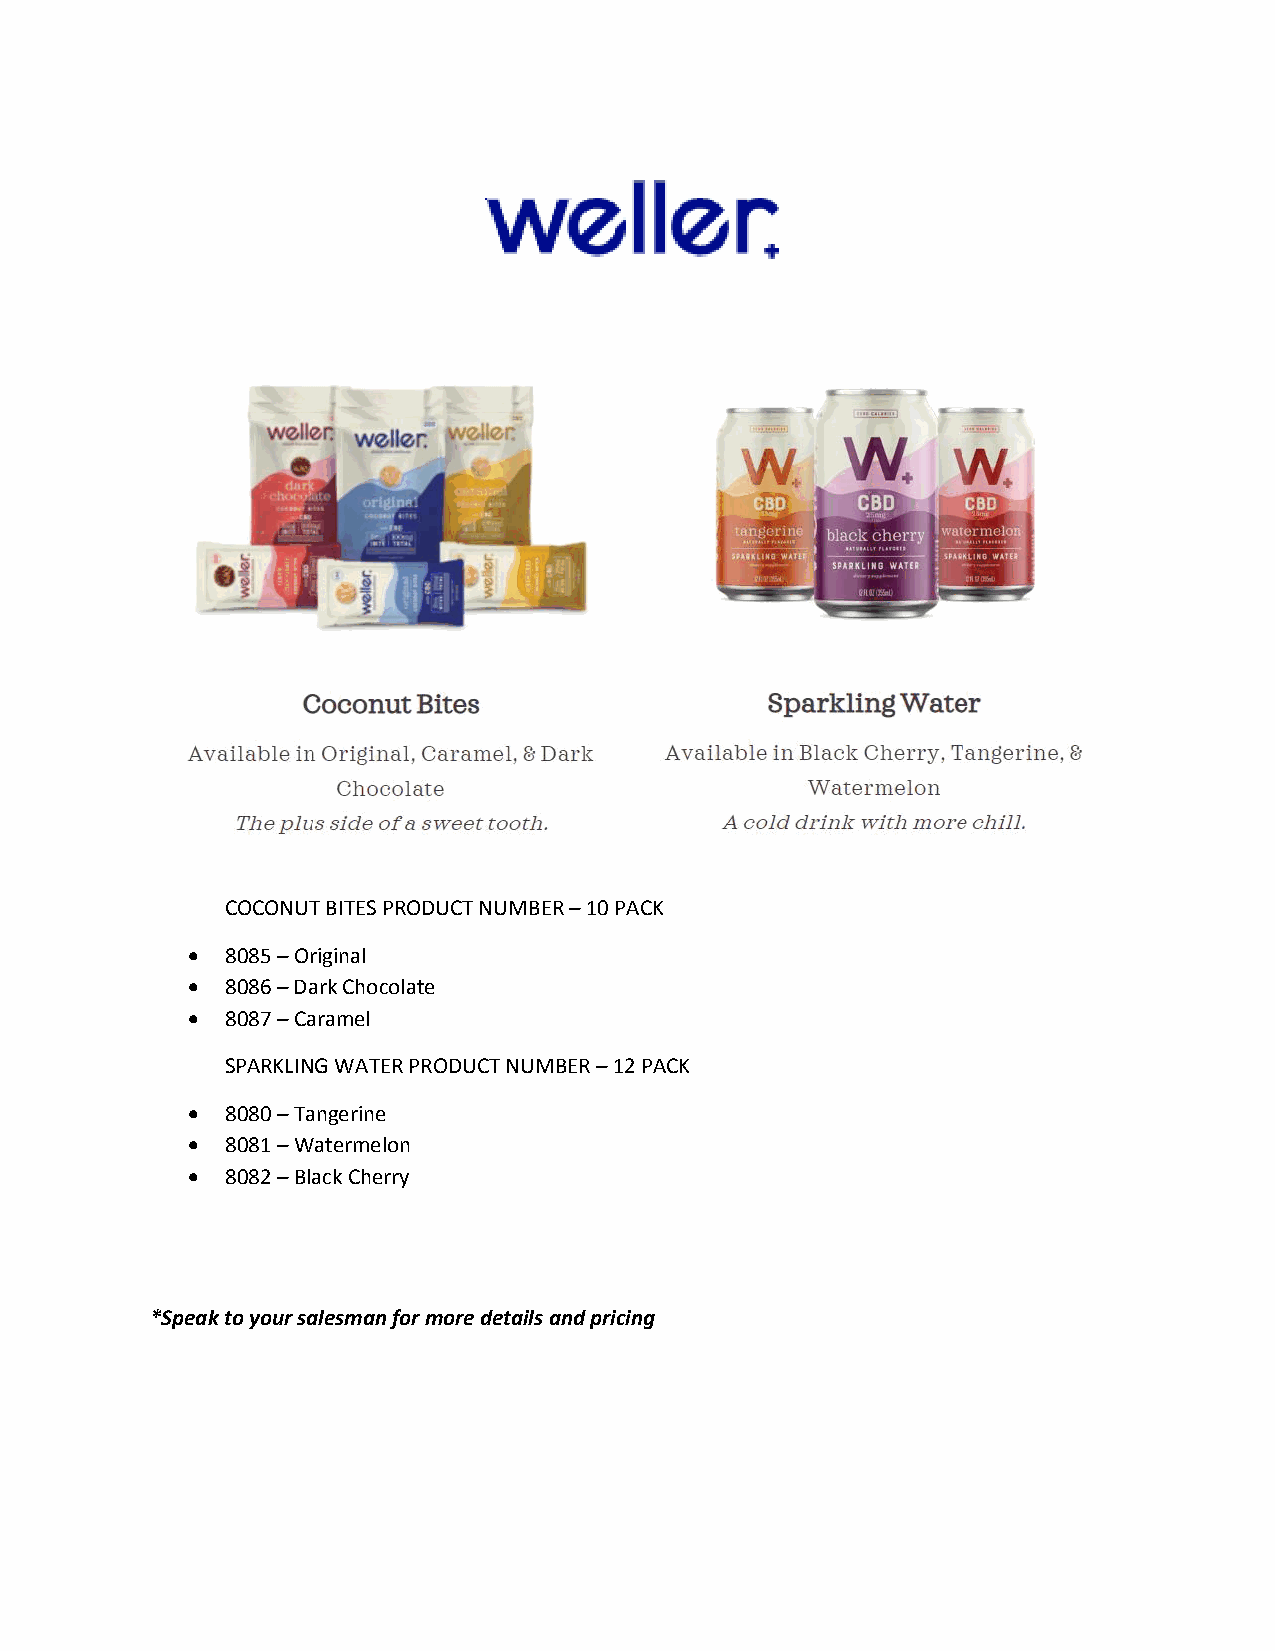
COCONUT BITES PRODUCT NUMBER – 10 PACK
   8085 – Original
   8086 – Dark Chocolate
   8087 – Caramel
 SPARKLING WATER PRODUCT NUMBER – 12 PACK
   8080 – Tangerine
   8081 – Watermelon
   8082 – Black Cherry
 *Speak to your salesman for more details and pricing